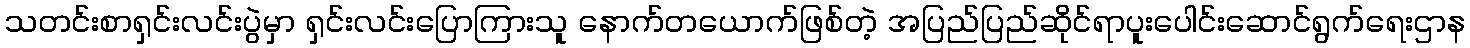
သတင်းစာရှင်းလင်းပွဲမှာ ရှင်းလင်းပြောကြားသူ နောက်တယောက်ဖြစ်တဲ့ အပြည်ပြည်ဆိုင်ရာပူးပေါင်းဆောင်ရွက်ရေးဌာန